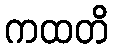
ကထတိ